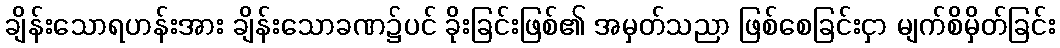
ချိန်းသောရဟန်းအား ချိန်းသောခဏ၌ပင် ခိုးခြင်းဖြစ်၏ အမှတ်သညာ ဖြစ်စေခြင်းငှာ မျက်စိမှိတ်ခြင်း